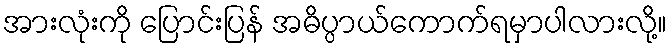
အားလုံးကို ပြောင်းပြန် အဓိပ္ပာယ်ကောက်ရမှာပါလားလို့။